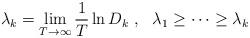
LaTeX: \begin{align*} {\lambda _k} = \mathop {\lim }\limits_{T \to \infty } \frac 1T \ln {D_k} \ , \ \ \lambda _1 \ge \dots \ge \lambda _k\end{align*}